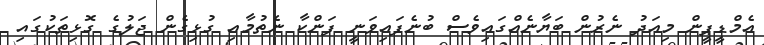
އެމްޑީޕީން މިއަދު ނެރުން ބަޔާނެއްގައިވެސް ބުނެފައިވަނީ ފަންކާ ނެތުމާއި ގުޅިގެން ޖަލުގެ ގޮޅިތަކުގައި